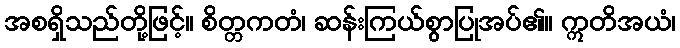
အစရှိသည်တို့ဖြင့်။ စိတ္တကတံ၊ ဆန်းကြယ်စွာပြုအပ်၏။ ဣတိအယံ၊